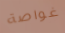
غواصة